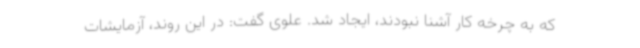
که به چرخه کار آشنا نبودند، ایجاد شد. علوی گفت: در این روند، آزمایشات